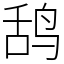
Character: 鸹